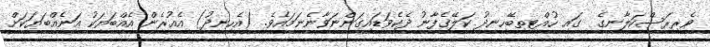
ވެރިރަސްކަލާނގެ  ގައި ހުއްޓިތިބޭހިނދު ކަލޭގެފާނު ދެކެވަޑައިގަންނަވާނެނަމައެވެ. (އެހިނދު) އެއުރެން އެއްބަޔަކު އަނެއްބަޔަކަށް